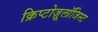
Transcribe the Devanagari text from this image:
क्रिप्टोज़ूलॉजिस्ट